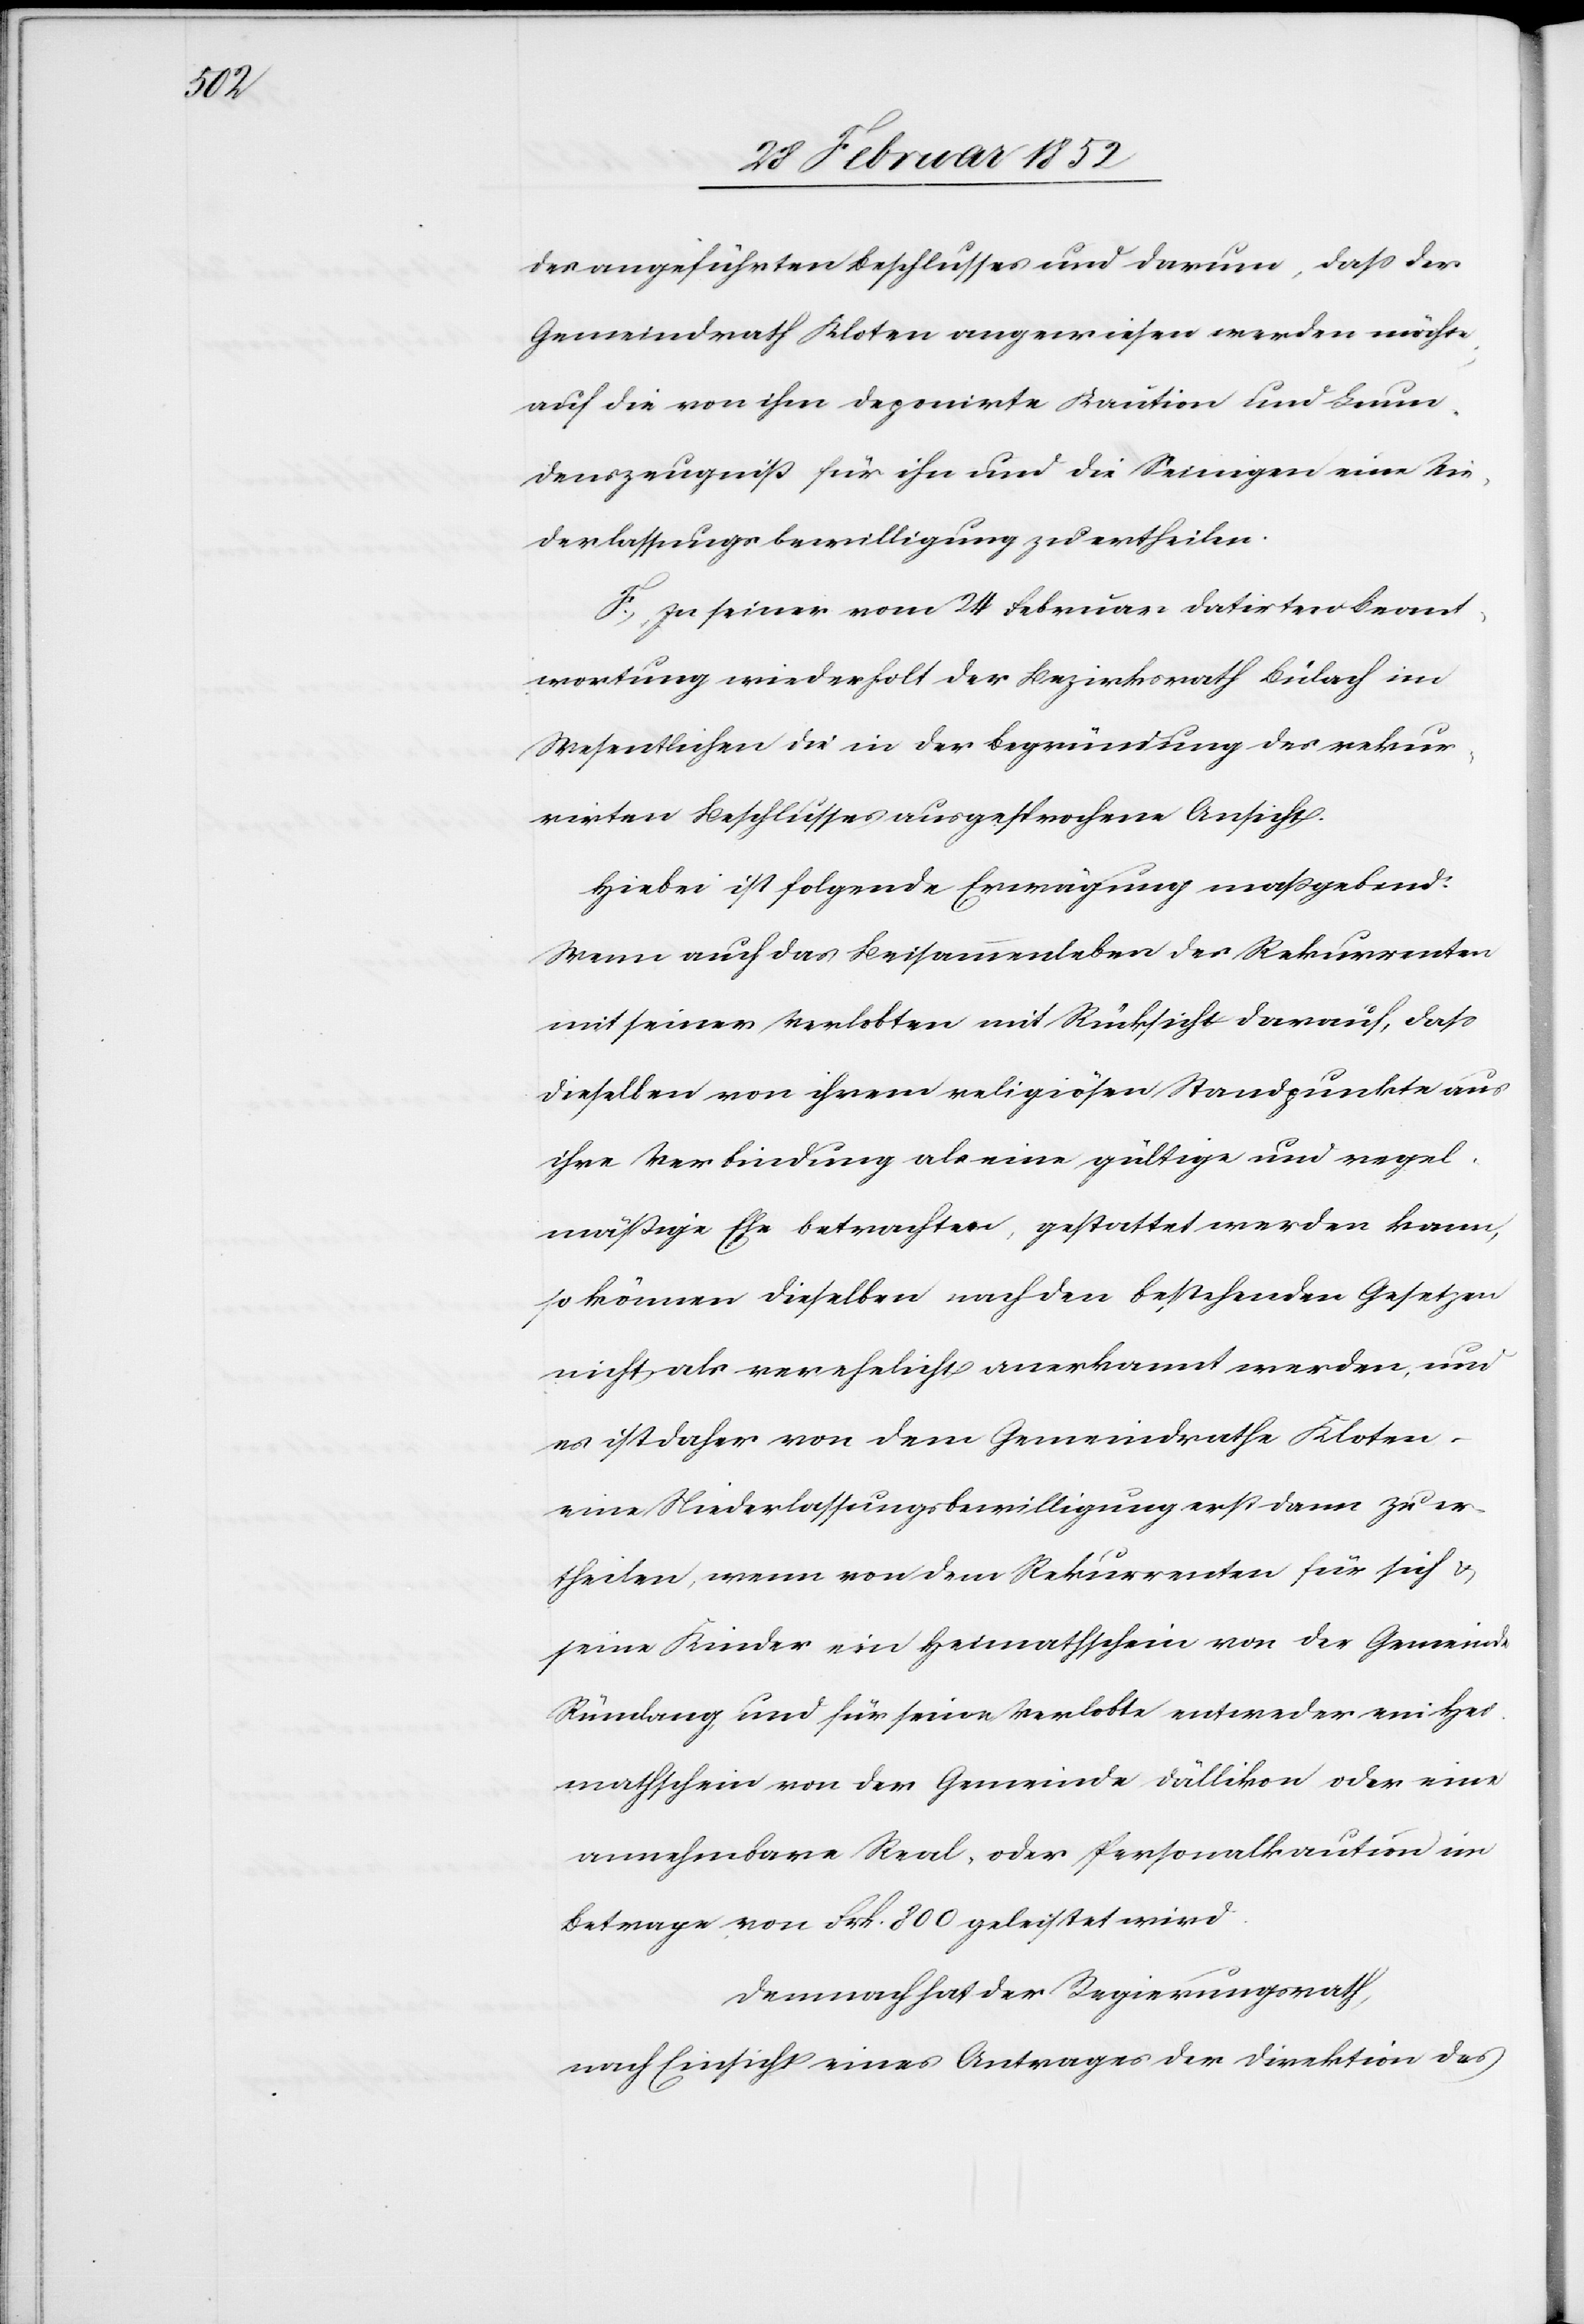
des angeführten Beschlusses und darum, daß der
Gemeindrath Kloten angewiesen werden möchte
auf die von ihm deponirte Kaution und Leum¬
denszeugniß für ihn und die Seinigen eine Nie¬
derlassungsbewilligung zu ertheilen.
F.) In seiner vom 24 Februar datirten Beant¬
wortung wiederholt der Bezirksrath Bülach im
Wesentlichen die in der Begründung des rekur¬
rirten Beschlusses ausgesprochene Ansicht.
Hiebei ist folgende Erwägung maßgebend.
Wenn auch das Beisammenleben des Rekurrenten
mit seiner Verlobten mit Rücksicht darauf, daß
dieselben von ihrem religiösen Standpunkte aus
ihre Verbindung als eine gültige und regel¬
mäßige Ehe betrachten, gestattet werden kann,
so können dieselben nach den bestehenden Gesetzen
nicht als verehelicht anerkannt werden, und
es ist daher von dem Gemeindrathe Kloten
eine Niederlassungsbewilligung erst dann zu er¬
theilen, wenn von dem Rekurrenten für sich u.
seine Kinder ein Heimathschein von der Gemeinde
Rümlang und für seine Verlobte entweder ein Hei¬
mathschein von der Gemeinde Dällikon oder eine
annehmbare Real- oder Personalkaution im
Betrage von Frk. 800 geleistet wird.
Demnach hat der Regierungsrath,
nach Einsicht eines Antrages der Direktion des